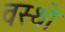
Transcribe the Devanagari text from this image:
वस्थाे